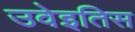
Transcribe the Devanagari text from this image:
उवेइतिस